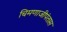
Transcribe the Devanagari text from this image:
चिमणाजीपंतास